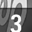
Digit: 3